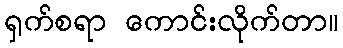
ရှက်စရာ ကောင်းလိုက်တာ။